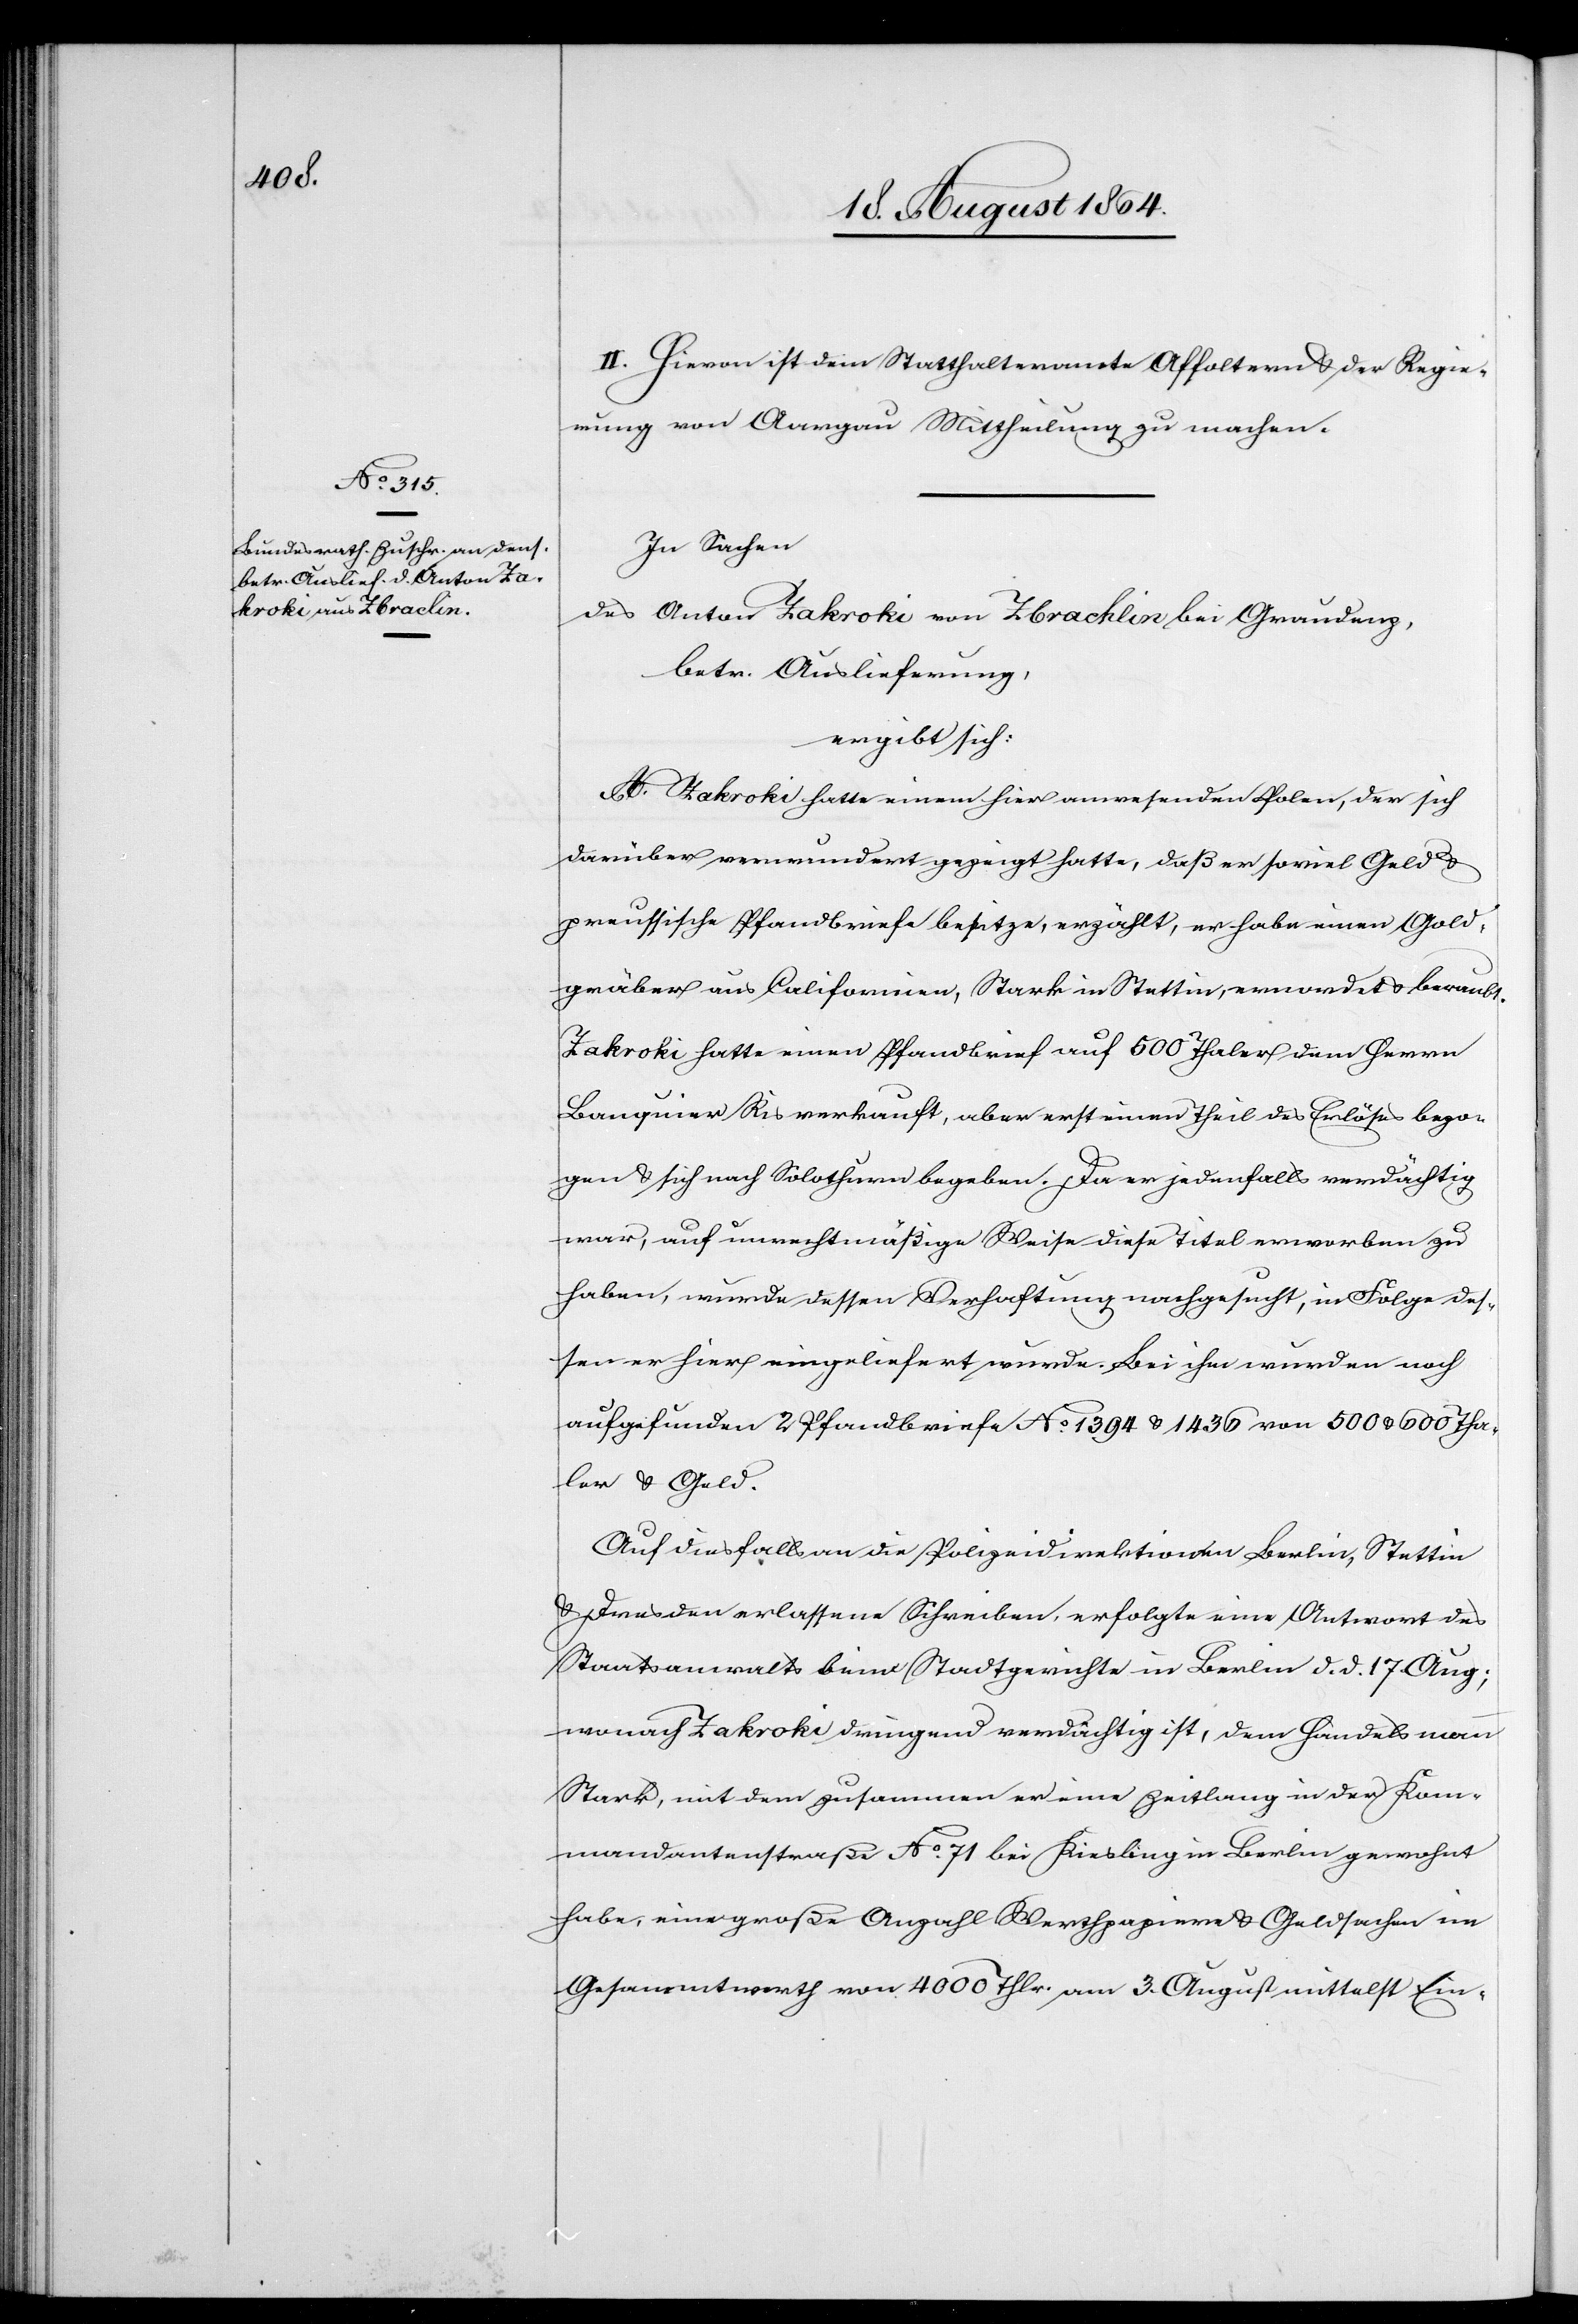
22. August 1864.]
II. Hievon ist dem Statthalteramte Affoltern & der Regie¬
rung von Aargau Mittheilung zu machen.
In Sachen
des Anton Zakroki von Zbrachlin bei Graudenz,
betr. Auslieferung,
ergibt sich:
A. Zakroki hatte einem hier anwesenden Polen, der sich
darüber verwundert gezeigt hatte, daß er so viel Geld &
preussische Pfandbriefe besitze, erzählt, er habe einen Gold¬
gräber aus Californien, Stark in Stattin, ermordet & beraubt.
Zakroki hatte einen Pfandbrief auf 500 Thaler dem Herrn
Banquier Ris verkauft, aber erst einen Theil des Erlöses bezo¬
gen & sich nach Solothurn begeben. Da er jedenfalls verdächtig
war, auf unrechtmäßige Weise diese Titel erworben zu
haben, wurde dessen Verhaftung nachgesucht, in Folge des¬
sen er hier eingeliefert wurde. Bei ihm wurden noch
aufgefunden 2 Pfandbriefe No. 1394 & 1436 von 500 & 600 Tha¬
ler & Geld.
Auf diesfalls an die Polizeidirektion Berlin, Stattin
& Dresden erlassene Schreiben, erfolgte eine Antwort des
Staatsanwalts beim Stadtgerichte in Berlin d. d. 17 Aug;
wonach Zakroki dringend verdächtig ist, dem Handelsmann
Stark, mit dem zusammen er eine Zeitlang [sic!] in der Kom¬
mandantenstraße No. 71 bei Kiesling in Berlin gewohnt
habe, eine große Anzahl Werthpapiere & Geldscheine im
Gesamtwerth von 4000 Thlr. am 3. August mittels Ein-